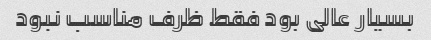
بسیار عالی بود فقط ظرف‌ مناسب نبود